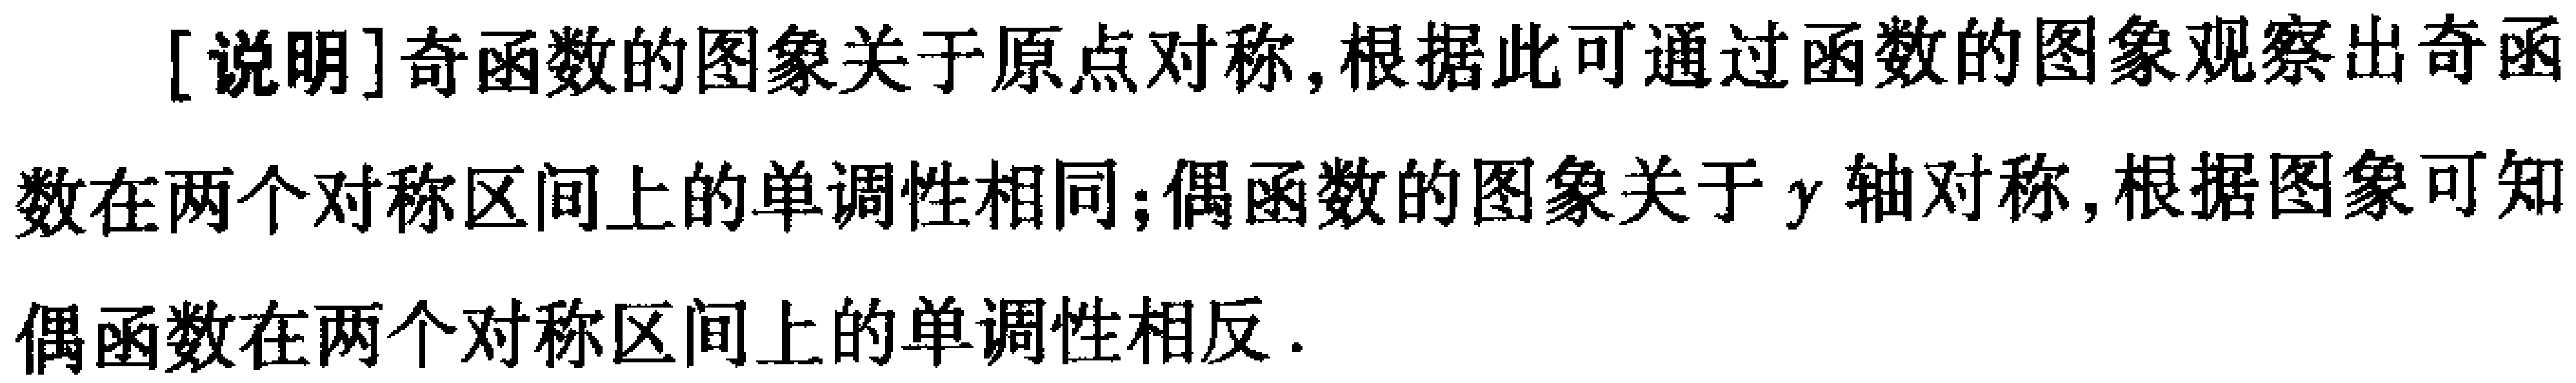
[说明]奇函数的图象关于原点对称,根据此可通过函数的图象观察出奇函

数在两个对称区间上的单调性相同;偶函数的图象关于\(y\)轴对称,根据图象可知

偶函数在两个对称区间上的单调性相反.